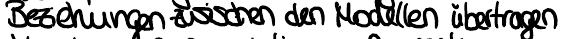
Beziehungen zwischen den Modellen übertragen